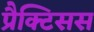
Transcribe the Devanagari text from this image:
प्रैक्टिसस